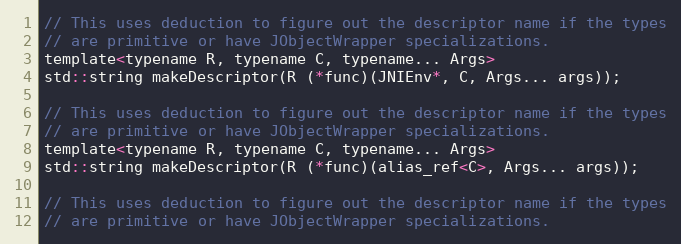
Language: C
// This uses deduction to figure out the descriptor name if the types
// are primitive or have JObjectWrapper specializations.
template<typename R, typename C, typename... Args>
std::string makeDescriptor(R (*func)(JNIEnv*, C, Args... args));

// This uses deduction to figure out the descriptor name if the types
// are primitive or have JObjectWrapper specializations.
template<typename R, typename C, typename... Args>
std::string makeDescriptor(R (*func)(alias_ref<C>, Args... args));

// This uses deduction to figure out the descriptor name if the types
// are primitive or have JObjectWrapper specializations.